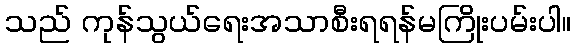
သည် ကုန်သွယ်ရေးအသာစီးရရန်မကြိုးပမ်းပါ။